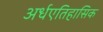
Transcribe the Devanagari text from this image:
अर्धएतिहासिक